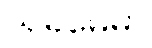
သုခမေဓာ